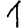
Digit: 1